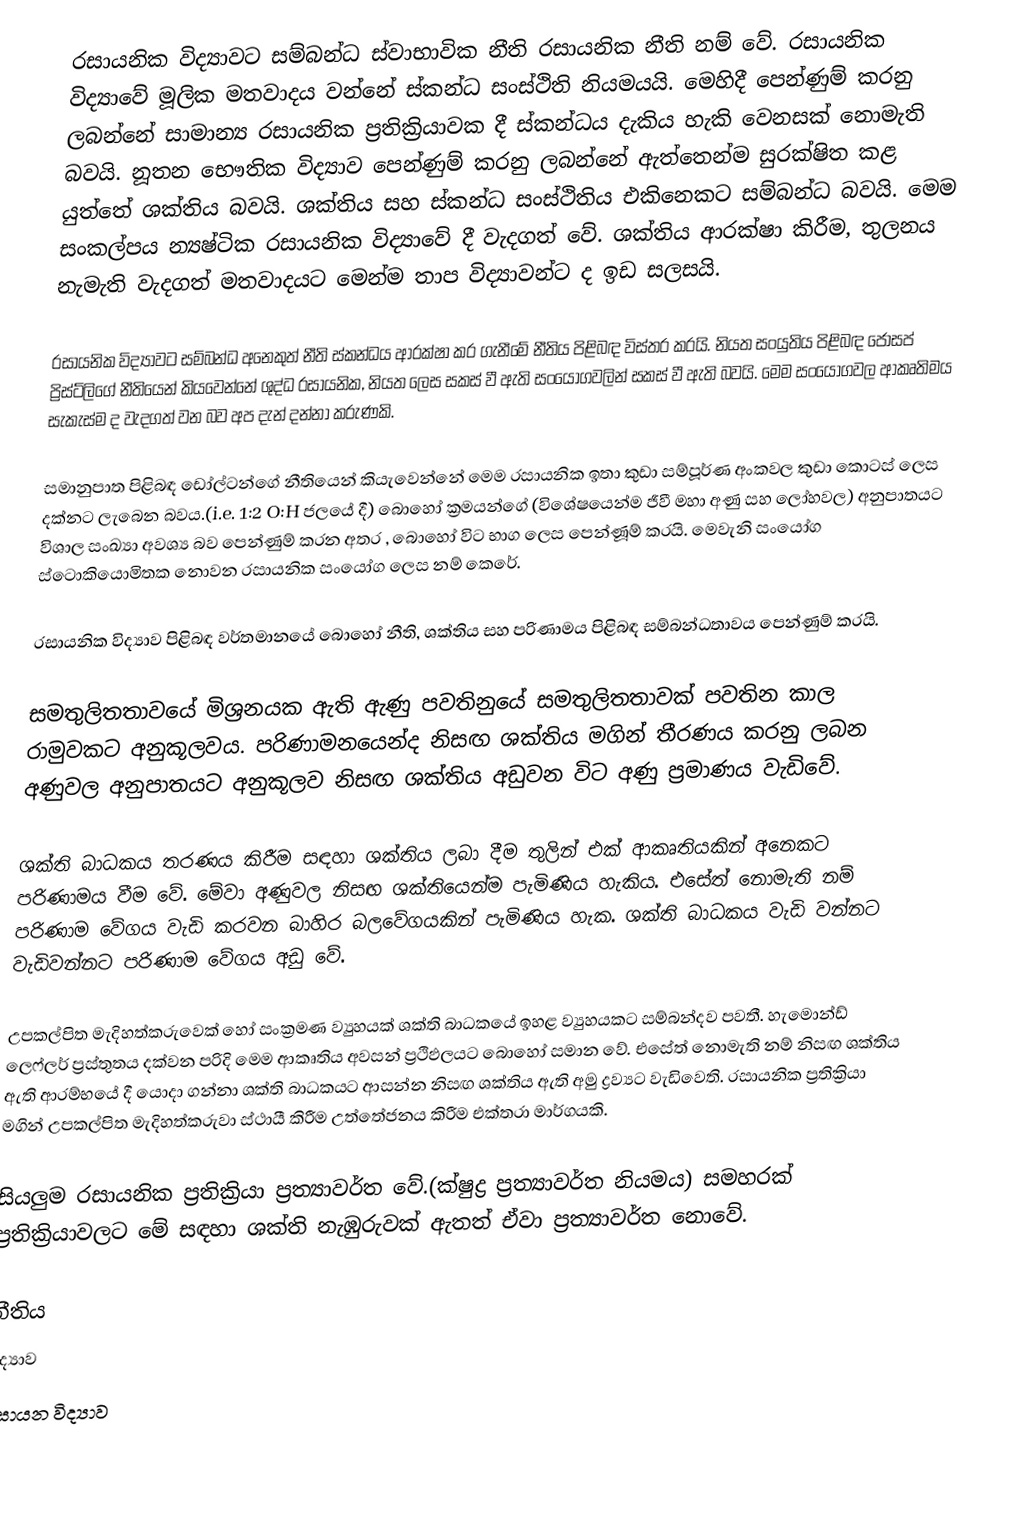
රසායනික විද්‍යාවට සම්බන්ධ ස්වාභාවික නීති රසායනික නීති නම්‍ වේ. රසායනික විද්‍යාවේ මූලික මතවාදය වන්නේ ස්කන්ධ සංස්ථිති නියමයයි. මෙහිදී පෙන්ණුම් කරනු ලබන්නේ සාමාන්‍ය රසායනික ප්‍රතික්‍රියාවක දී ස්කන්ධය දැකිය හැකි වෙනසක් නොමැති බවයි. නූතන භෞතික විද්‍යාව පෙන්ණුම් කරනු ලබන්නේ ඇත්තෙන්ම සුරක්ෂිත  කළ යුත්තේ ශක්තිය බවයි. ශක්තිය සහ ස්කන්ධ සංස්ථිතිය එකිනෙකට සම්බන්ධ බවයි. මෙම  සංකල්පය න්‍යෂ්ටික රසායනික විද්‍යාවේ දී වැදගත් වේ. ශක්තිය ආරක්ෂා කිරීම, තුලනය නැමැති වැදගත් මතවාදයට මෙන්ම  තාප විද්‍යාවන්ට ද ඉඩ සලසයි.

රසායනික විද්‍යාවට සම්බන්ධ අනෙකුත් නීති ස්කන්ධය ආරක්ෂා කර ගැනීමේ නීතිය පිළිබඳ විස්තර කරයි. නියත සංයුතිය පිළිබඳ ජෝසප් ප්‍රිස්ට්ලිගේ නීතියෙන් කියවෙන්නේ ශුද්ධ රසායනික, නියත ලෙස සකස් වී ඇති සංයෝගවලින් සකස් වී ඇති බවයි. මෙම සංයෝගවල ආකෘතිමය සැකැස්ම ද වැදගත් වන බව අප දැන් දන්නා කරුණකි.

සමානුපාත පිළිබඳ ඩෝල්ටන්ගේ නීතියෙන් කියැවෙන්නේ මෙම රසායනික ඉතා කුඩා සම්පූර්ණ අංකවල කුඩා කොටස් ලෙස දක්නට ලැබෙන බවය.(i.e. 1:2 O:H ජලයේ දී) බොහෝ ක්‍රමයන්ගේ (විශේෂයෙන්ම ජීවී මහා අණු සහ ලෝහවල) අනුපාතයට විශාල සංඛ්‍යා අවශ්‍ය බව පෙන්ණුම් කරන අතර , බොහෝ විට භාග ලෙස පෙන්ණූම් කරයි. මෙවැනි සංයෝග ස්ටොකියොමිතක නොවන රසායනික සංයෝග ලෙස නම් කෙරේ.

රසායනික විද්‍යාව පිළිබඳ වර්තමානයේ බොහෝ නීති, ශක්තිය සහ පරිණාමය පිළිබඳ සම්බන්ධතාවය පෙන්ණුම් කරයි.

	සමතුලිතතාවයේ මිශ්‍රනයක ඇති ඇණු පවතිනුයේ සමතුලිතතාවක් පවතින කාල රාමුවකට අනුකූලවය. පරිණාමනයෙන්ද නිසඟ ශක්තිය මගින් තීරණය කරනු ලබන අණුවල අනුපාතයට අනුකූලව නිසඟ ශක්තිය අඩුවන විට අණු ප්‍රමාණය වැඩිවේ.

	ශක්ති බාධකය තරණය කිරීම සඳහා ශක්තිය ලබා දීම තුලින් එක් ආකෘතියකින් අනෙකට පරිණාමය වීම වේ. මේවා අණුවල නිසඟ ශක්තියෙන්ම පැමිණිය හැකිය. එසේත් නොමැති නම් පරිණාම වේගය වැඩි කරවන බාහිර බලවේගයකින් පැමිණිය හැක. ශක්ති බාධකය වැඩි වන්නට වැඩිවන්නට පරිණාම වේගය අඩු වේ.

	උපකල්පිත මැදිහත්කරුවෙක් හෝ සංක්‍රමණ ව්‍යුහයක් ශක්ති බාධකයේ ඉහළ ව්‍යුහයකට සම්බන්දව පවතී. හැමොන්ඩ් ලෙෆ්ලර් ප්‍රස්තුතය දක්වන පරිදි මෙම ආකෘතිය අවසන් ප්‍රථිඵලයට බොහෝ සමාන වේ. එසේත් නොමැති නම් නිසඟ ශක්තිය ඇති ආරම්භයේ දී යොදා ගන්න‍ා ශක්ති බාධකයට ආසන්න නිසඟ ශක්තිය ඇති අමු ද්‍රව්‍යට  වැඩිවෙති. රසායනික ප්‍රතික්‍රියා මගින් උපකල්පිත මැදිහත්කරුවා ස්ථායී කිරීම උත්තේජනය කිරීම එක්තරා මාර්ගයකි.

	සියලුම රසායනික ප්‍රතික්‍රියා ප්‍රත්‍යාවර්ත වේ.(ක්ෂුද්‍ර ප්‍රත්‍යාවර්ත නියමය) සමහරක් ප්‍රතික්‍රියාවලට මේ සඳහා ශක්ති නැඹුරුවක් ඇතත් ඒවා ප්‍රත්‍යාවර්ත නොවේ.

නීතිය
විද්‍යාව
රසායන විද්‍යාව